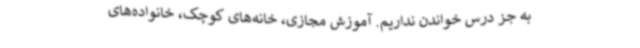
به جز درس خواندن نداریم.‌ آموزش مجازی، خانه‌های کوچک، خانواده‌های